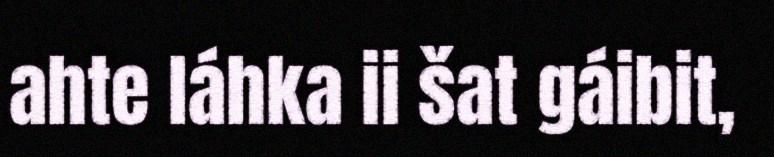
ahte láhka ii šat gáibit,